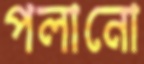
পলানো